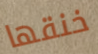
خنقها